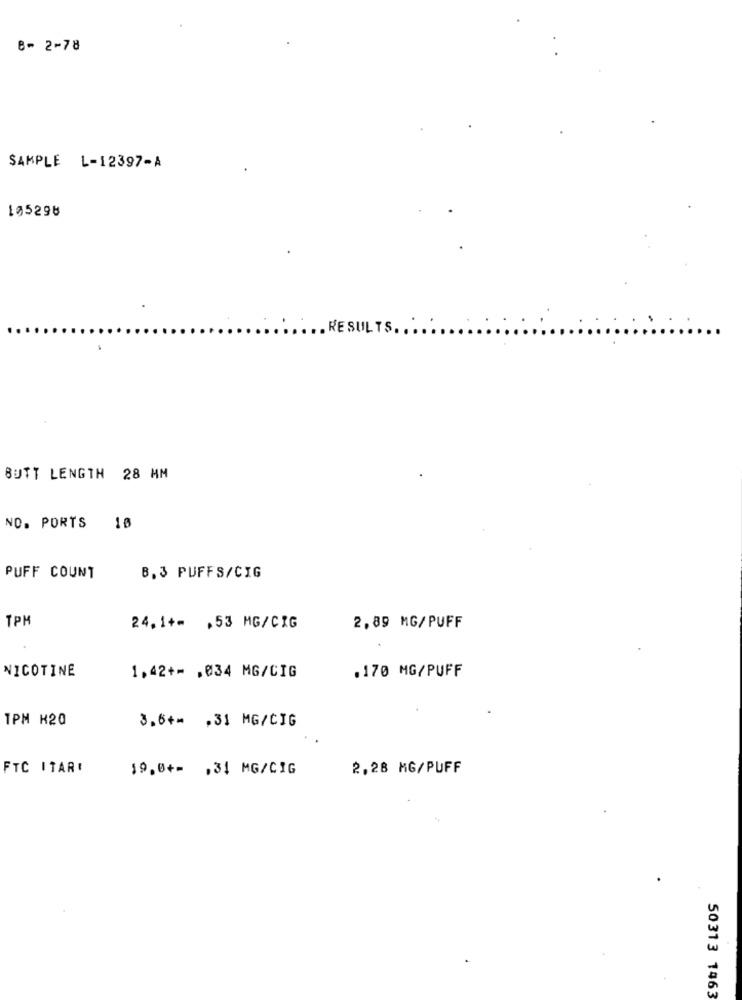
8- 2-78
SAMPLE L-12397~A
105296
. RESULTS ..
BUTT LENGTH 28 MM
NO. PORTS
18
PUFF COUNT
B. 3 PUFFS/CIG
TPM
24.1+= , 53 MG/CIG
2,89 MG/PUFF
NICOTINE
1.42+= , 034 MG/CIG
.170 MG/PUFF
TPM K20
3,6+= . 31 MG/CIG
FTC ITAR!
19.0+- , 31 MG/CIG
2,28 MG/PUFF
50313 1463